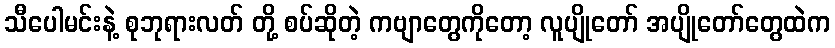
သီပေါမင်းနဲ့ စုဘုရားလတ် တို့ စပ်ဆိုတဲ့ ကဗျာတွေကိုတော့ လူပျိုတော် အပျိုတော်တွေထဲက